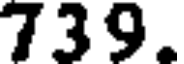
739.